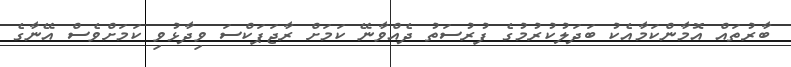
ބާރުތައް އޮމާންކަމާއެކު ބަދަލުކުރުމުގެ ފުރުސަތު ދެއްވާނޭ ކަމަށް ރާޖަޕަކްސަ ވިދާޅުވި ކަމަށްވެސް އޭނާގެ